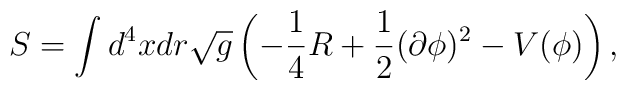
S = \int d^4x dr \sqrt{g}\left( -\frac{1}{4} R +\frac{1}{2}(\partial\phi)^2 - V(\phi) \right),